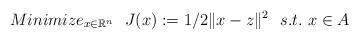
LaTeX: \begin{align*} Minimize_{x\in \mathbb{R}^n} \ \ J(x):=1/2\|x-z\|^2\ \ s.t.\ x\in A\end{align*}